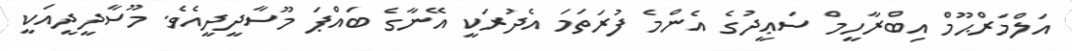
އަލްމަރްޙޫމް އިބްރާހީމް ސަޢީދުގެ އެންމެ ފުރަތަމަ އެދުރަކީ އޭނާގެ ބައްޕަ މޫސާދީދީއެވެ. މޫސާދީދީއަކީ